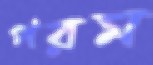
পরম